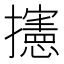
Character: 攇